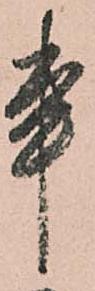
事